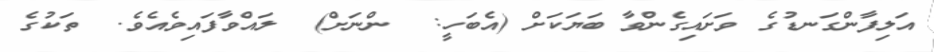
އަލިފާންގަނޑުގެ ވަށައިގެންވާ ބަޔަކަށް (އެބަހީ:  ންނަށް)  ލައްވާފައިވެއެވެ.  ތަކުގެ